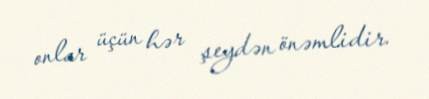
onlar üçün hər şeydən önəmlidir.